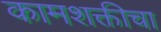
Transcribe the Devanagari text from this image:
कामशक्तीचा